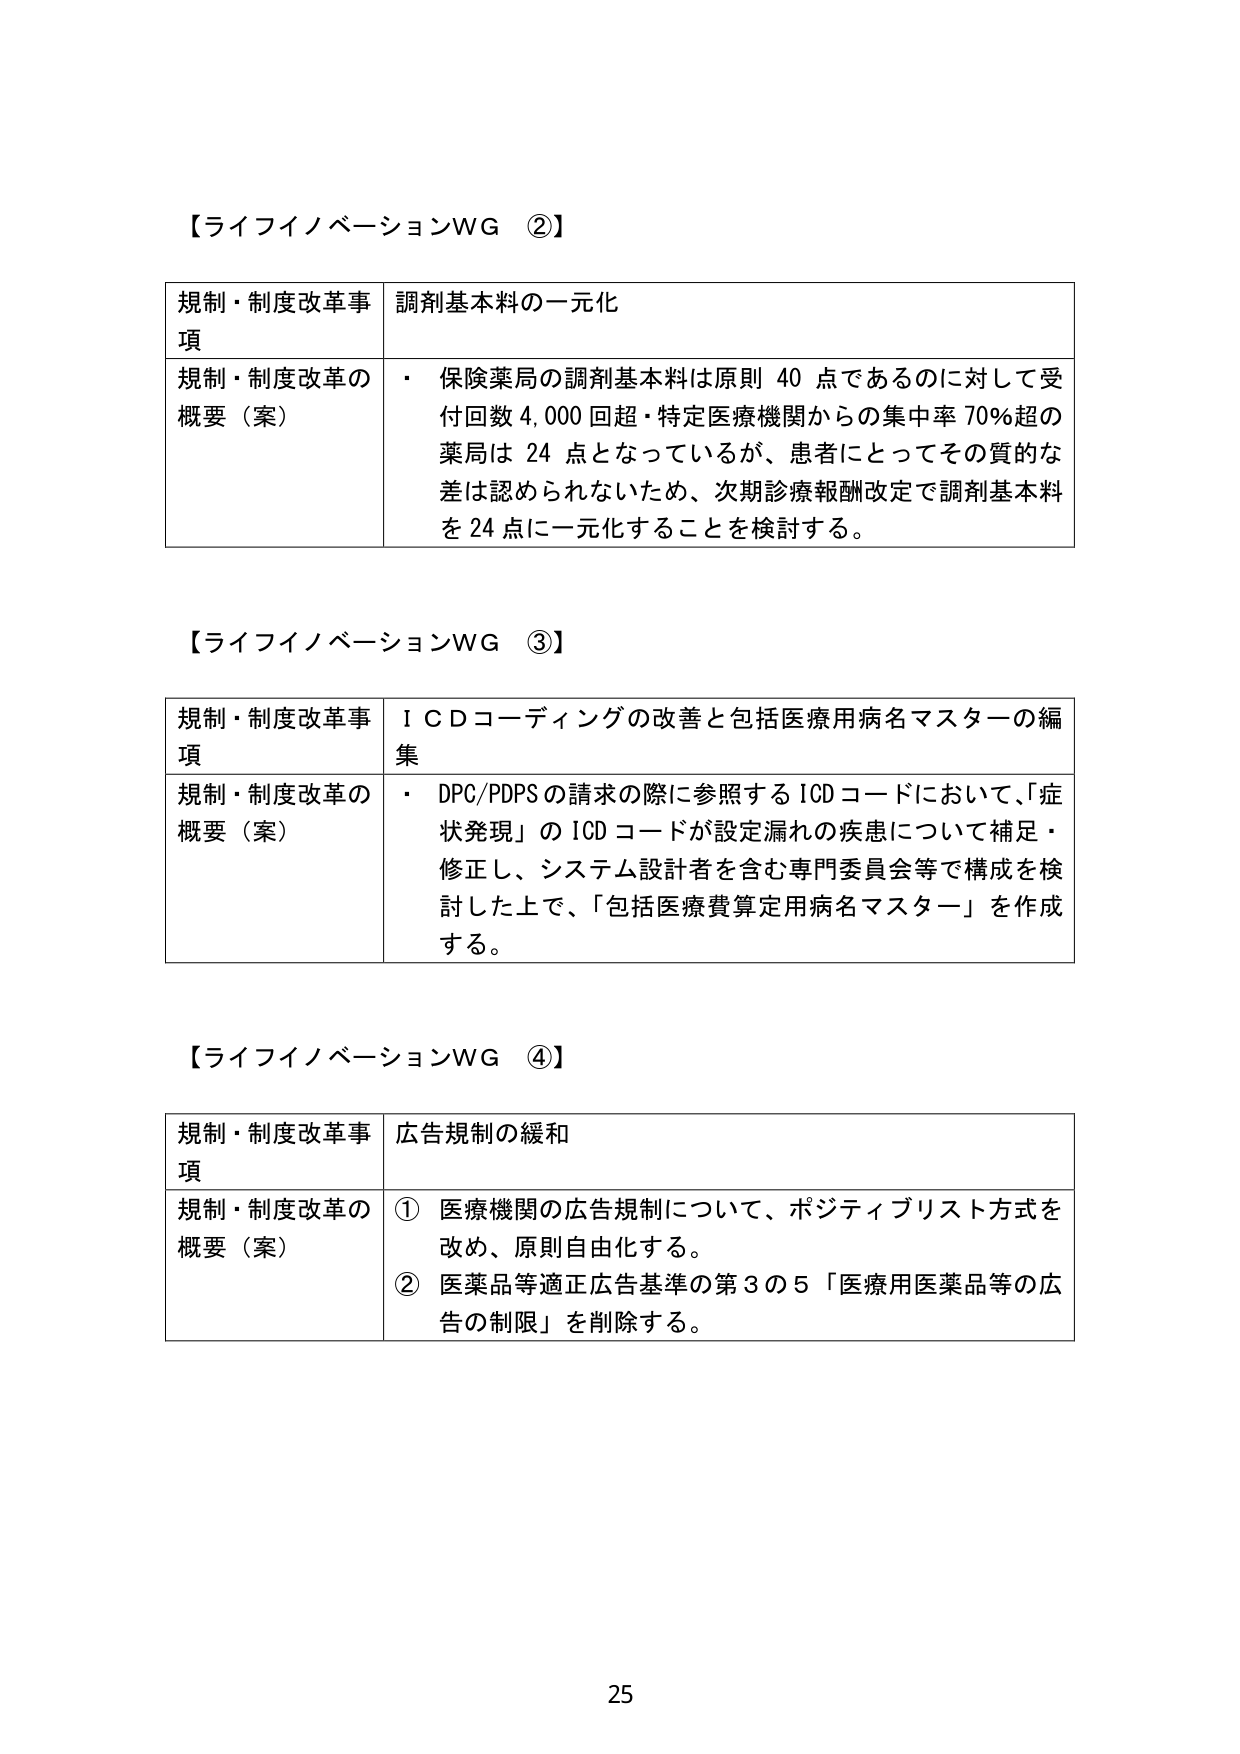
【ライフイノベーションWG ②】

規制・制度改革事項　調剤基本料の一元化

規制・制度改革の概要（案）　・ 保険薬局の調剤基本料は原則 40 点であるのに対して受付回数 4,000 回超・特定医療機関からの集中率 70%超の薬局は 24 点となっているが、患者にとってその質的な差は認められないため、次期診療報酬改定で調剤基本料を 24 点に一元化することを検討する。

【ライフイノベーションWG ③】

規制・制度改革事項　ＩＣＤコーディングの改善と包括医療用病名マスターの編集

規制・制度改革の概要（案）　・ DPC/PDPS の請求の際に参照する ICD コードにおいて、「症状発現」の ICD コードが設定漏れの疾患について補足・修正し、システム設計者を含む専門委員会等で構成を検討した上で、「包括医療費算定用病名マスター」を作成する。

【ライフイノベーションWG ④】

規制・制度改革事項　広告規制の緩和

規制・制度改革の概要（案）　① 医療機関の広告規制について、ポジティブリスト方式を改め、原則自由化する。
② 医薬品等適正広告基準の第３の５「医療用医薬品等の広告の制限」を削除する。

25